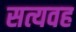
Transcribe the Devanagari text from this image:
सत्यवह